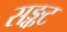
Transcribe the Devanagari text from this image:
सङ्कट